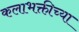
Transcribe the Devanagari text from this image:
कलाभक्तीच्या